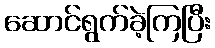
ဆောင်ရွက်ခဲ့ကြပြီး